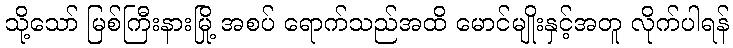
သို့သော် မြစ်ကြီးနားမြို့ အစပ် ရောက်သည်အထိ မောင်မျိုးနှင့်အတူ လိုက်ပါရန်